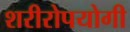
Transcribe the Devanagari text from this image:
शरीरोपयोगी